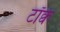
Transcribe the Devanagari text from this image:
टॉर्क्वे